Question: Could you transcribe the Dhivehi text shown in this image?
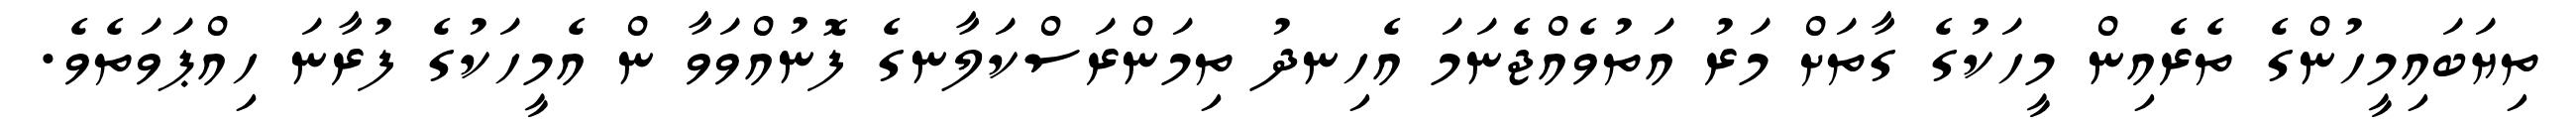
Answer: ތިޔަބައިމީހުންގެ ތެރެއިން މީހަކުގެ ގާތަށް މަރު އަތުވެއްޖެނަމަ އެހިނދު ތިމަންރަސްކަލާނގެ ފޮނުއްވަވާ ން އެމީހަކުގެ ފުރާނަ ހިއްޕަވަތެވެ.